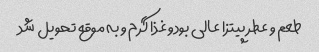
طعم و عطر پیتزا عالی بودو غذا گرم و به موقع تحویل شد